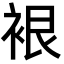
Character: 裉